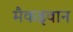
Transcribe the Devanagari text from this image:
मैकइवान